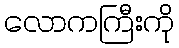
လောကကြီးကို